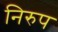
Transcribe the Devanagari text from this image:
निरुप